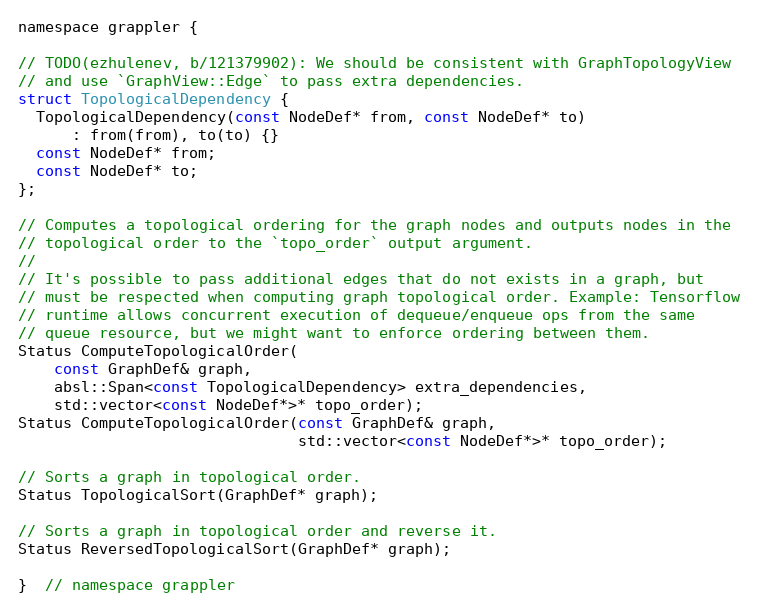
Language: C
namespace grappler {

// TODO(ezhulenev, b/121379902): We should be consistent with GraphTopologyView
// and use `GraphView::Edge` to pass extra dependencies.
struct TopologicalDependency {
  TopologicalDependency(const NodeDef* from, const NodeDef* to)
      : from(from), to(to) {}
  const NodeDef* from;
  const NodeDef* to;
};

// Computes a topological ordering for the graph nodes and outputs nodes in the
// topological order to the `topo_order` output argument.
//
// It's possible to pass additional edges that do not exists in a graph, but
// must be respected when computing graph topological order. Example: Tensorflow
// runtime allows concurrent execution of dequeue/enqueue ops from the same
// queue resource, but we might want to enforce ordering between them.
Status ComputeTopologicalOrder(
    const GraphDef& graph,
    absl::Span<const TopologicalDependency> extra_dependencies,
    std::vector<const NodeDef*>* topo_order);
Status ComputeTopologicalOrder(const GraphDef& graph,
                               std::vector<const NodeDef*>* topo_order);

// Sorts a graph in topological order.
Status TopologicalSort(GraphDef* graph);

// Sorts a graph in topological order and reverse it.
Status ReversedTopologicalSort(GraphDef* graph);

}  // namespace grappler